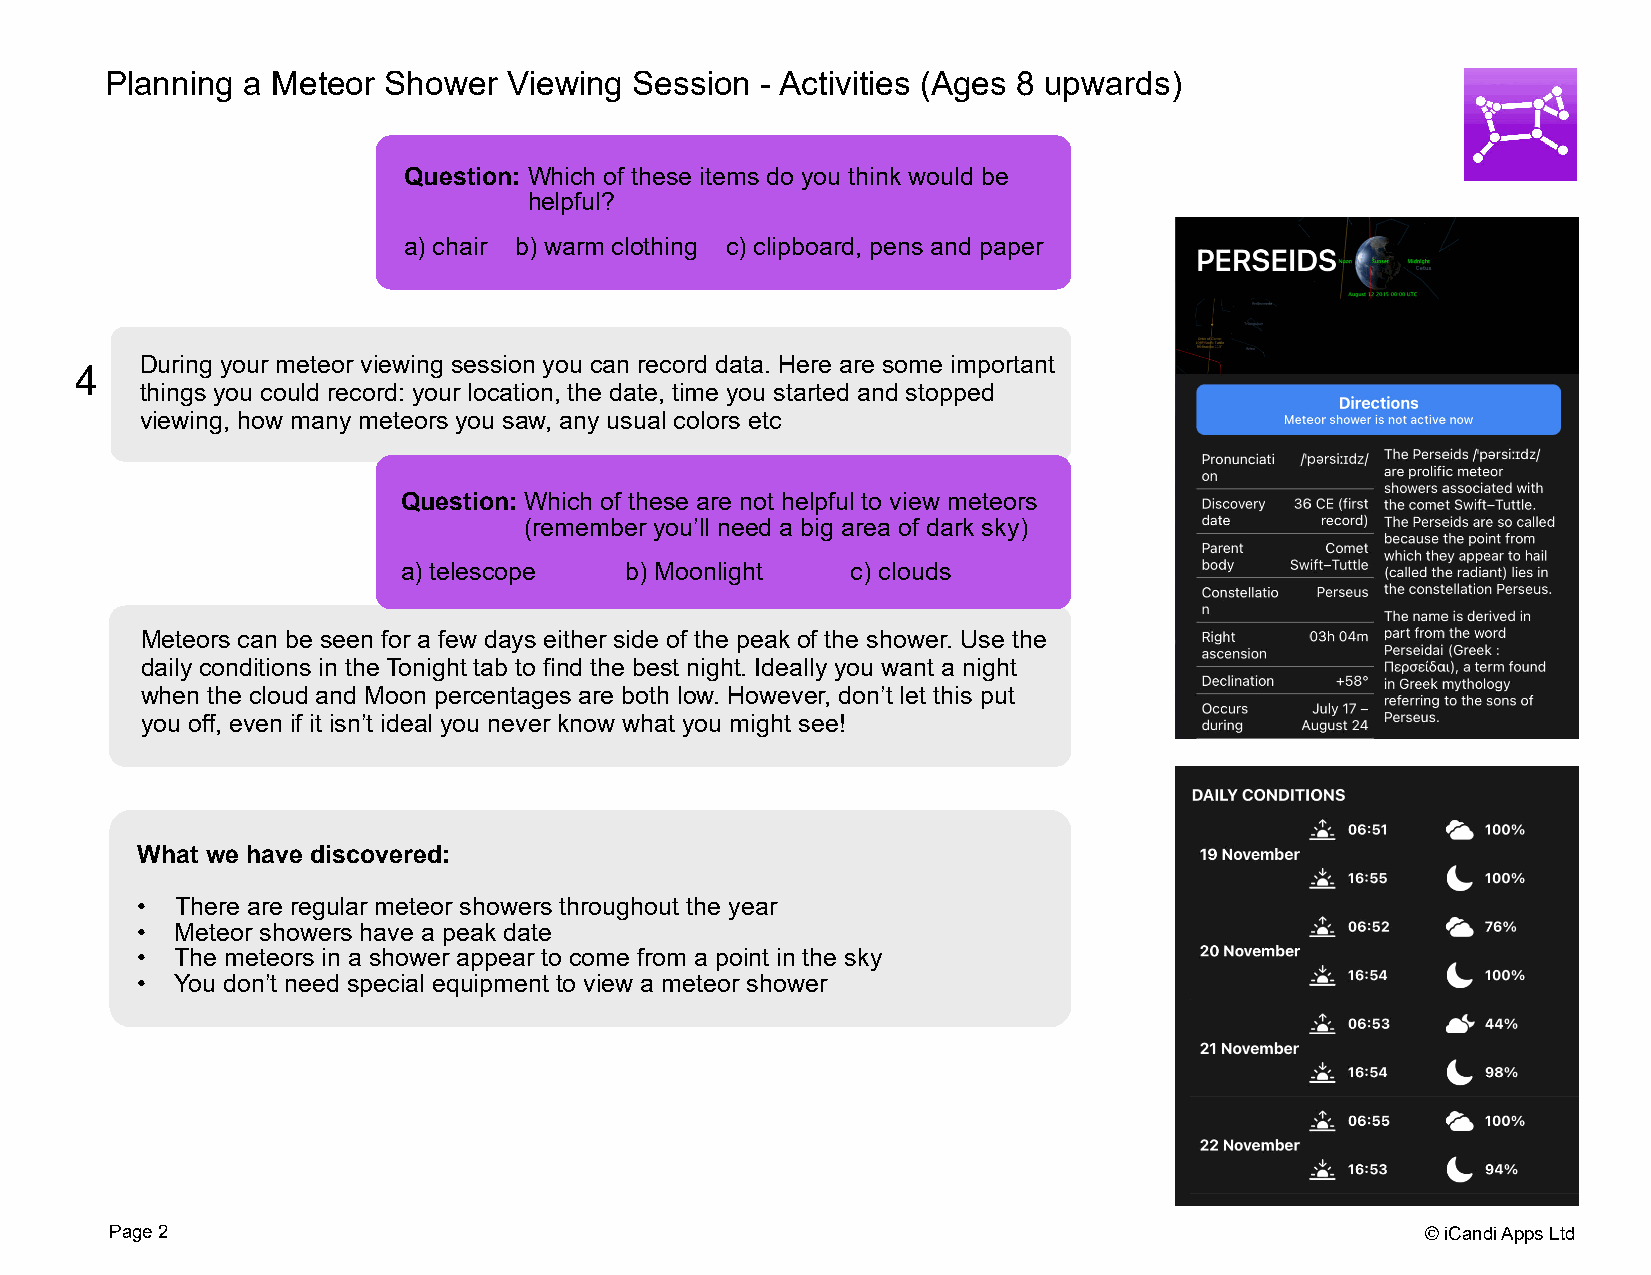
Planning a Meteor Shower   Viewing Session - Activities (Ages 8 upwards)
 Question: Which of these items do you think would be
 helpful?
 a) chair b) warm clothing c) clipboard, pens and paper
 During your meteor viewing session you can record data. Here are some important
 4
 things you could record: your location, the date, time you started and stopped
 viewing, how many meteors you saw, any usual colors etc
 Question: Which of these are not helpful to view meteors
 (remember you’ll need a big area of dark sky)
 a) telescope  b) Moonlight   c) clouds
 Meteors can be seen for a few days either side of the peak of the shower. Use the
 daily conditions in the Tonight tab to find the best night. Ideally you want a night
 when the cloud and Moon percentages are both low. However, don’t let this put
 you off, even if it isn’t ideal you never know what you might see!
 What we have discovered:
 •  There are regular meteor showers throughout the year
 •  Meteor showers have a peak date
 •  The meteors in a shower appear to come from a point in the sky
 •  You don’t need special equipment to view a meteor shower
 Page2                                                                                  ©iCandiAppsLtd